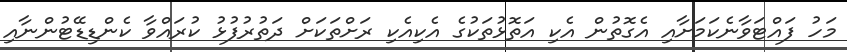
މަހު ފައްޓަވާނެކަމަށާއި އެގޮތުން އެކި އަތޮޅުތަކުގެ އެކިއެކި ރަށްތަކަށް ދަތުރުފުޅު ކުރައްވާ ކެންޑިޑޭޓުންނާއި